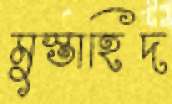
মুস্তাহিদ